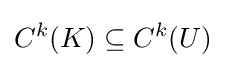
C^{k}(K)\subseteq C^{k}(U)